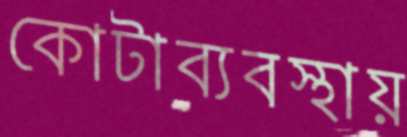
কোটাব্যবস্থায়